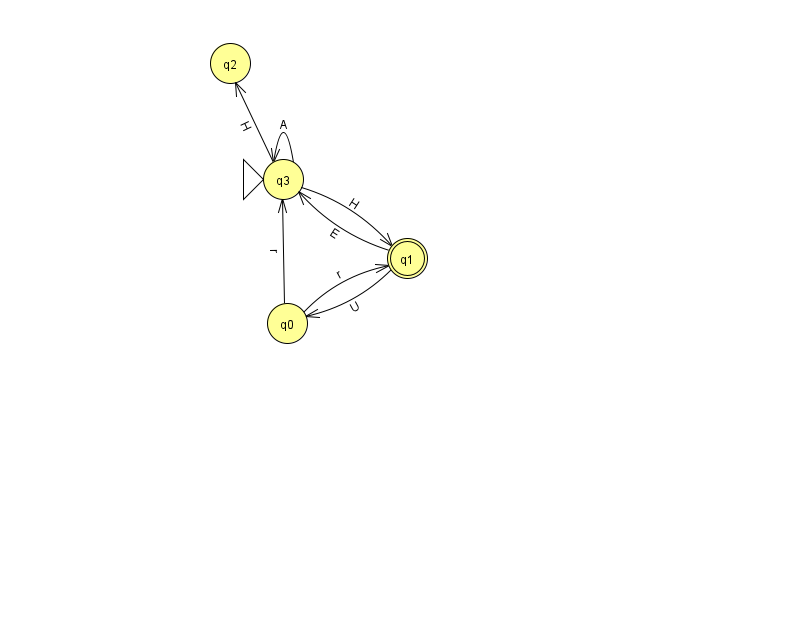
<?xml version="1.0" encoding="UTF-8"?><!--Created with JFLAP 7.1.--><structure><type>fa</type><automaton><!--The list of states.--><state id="0" name="q0"><x>287.0</x><y>310.0</y></state><state id="1" name="q1"><x>407.0</x><y>245.0</y><final/></state><state id="2" name="q2"><x>230.0</x><y>50.0</y></state><state id="3" name="q3"><x>283.0</x><y>166.0</y><initial/></state><!--The list of transitions.--><transition><from>3</from><to>3</to><read>A</read></transition><transition><from>1</from><to>3</to><read>E</read></transition><transition><from>3</from><to>1</to><read>H</read></transition><transition><from>0</from><to>3</to><read>r</read></transition><transition><from>0</from><to>1</to><read>r</read></transition><transition><from>1</from><to>0</to><read>U</read></transition><transition><from>3</from><to>2</to><read>H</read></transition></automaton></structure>